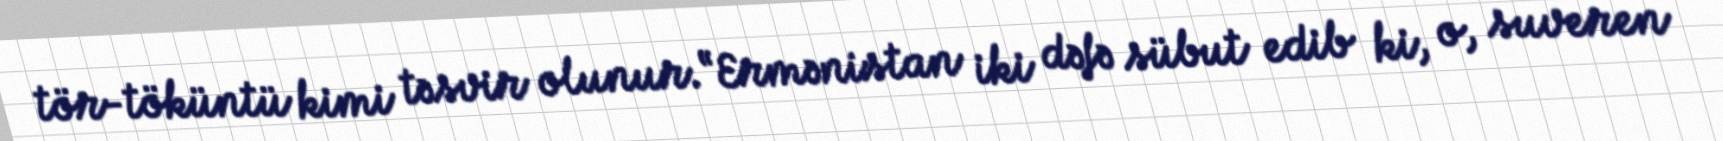
tör-töküntü kimi təsvir olunur.“Ermənistan iki dəfə sübut edib ki, o, suveren